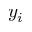
y _ { i }